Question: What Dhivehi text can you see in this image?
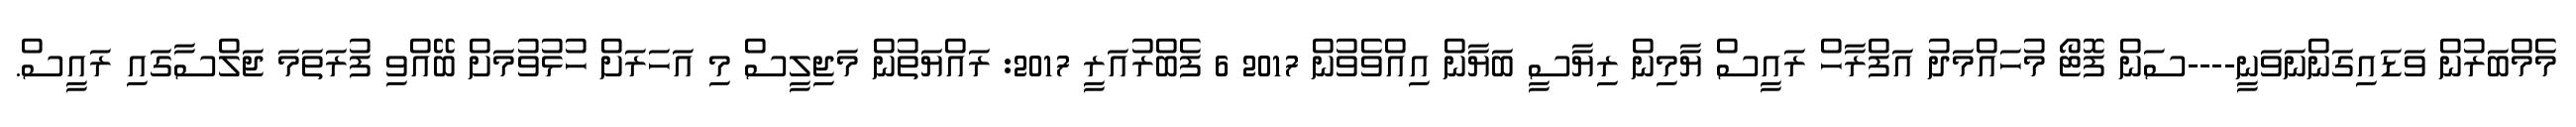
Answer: މެމްބަރުން ވަޑައިގަންނަވަނީ----ސަން ފޮޓޯ މުހައްމަދު އަފްރާހް ރައީސް ޔާމިން ރިޔާސީ ބަޔާން އިއްވެވުން 2017 6 ފެބްރުއަރީ 2017: ރައްޔަތުން މަޖިލީސް މި އަހަރަށް ހުޅުވުމަށް ބޭއްވި ފުރަތަމަ ޖަލްސާގައި ރައީސް.